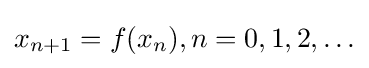
x_{n+1}=f(x_{n}),n=0,1,2,\ldots